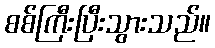
စစ်ကြီးပြီးသွားသည်။